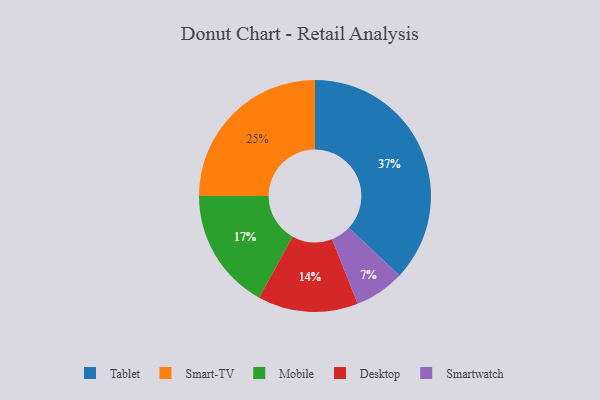
{"axis": {"x": "Category", "y": "Percentage"}, "legend": ["Desktop", "Mobile", "Smart-TV", "Smartwatch", "Tablet"], "data": [{"x": "Desktop", "y": 14, "type": "Desktop"}, {"x": "Mobile", "y": 17, "type": "Mobile"}, {"x": "Smartwatch", "y": 7, "type": "Smartwatch"}, {"x": "Smart-TV", "y": 25, "type": "Smart-TV"}, {"x": "Tablet", "y": 37, "type": "Tablet"}]}